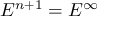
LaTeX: E ^ { n + 1 } = E ^ { \infty }